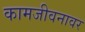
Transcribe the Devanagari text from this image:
कामजीवनावर